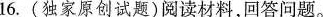
16.(独家原创试题)阅读材料，回答问题。